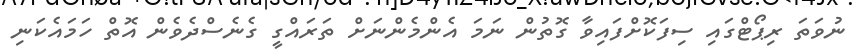
ނުވަތަ ރިޕޯޓްގައި ސިފަކޮށްފައިވާ ގޮތުން ނަމަ އެންމެންނަށް ތަރައްގީ ގެނެސްދެވެން އޮތް ހަމައެކަނި